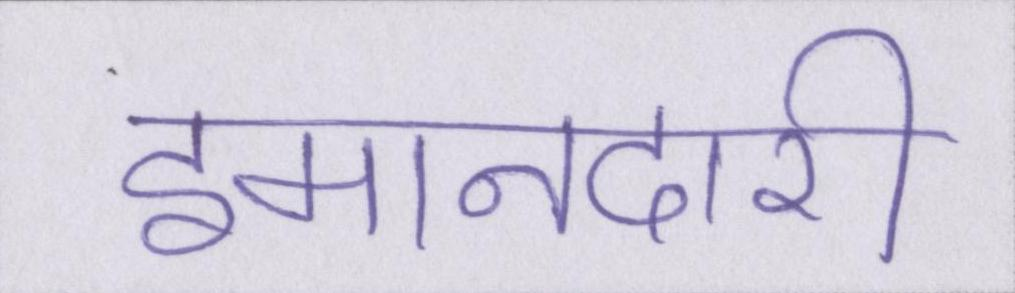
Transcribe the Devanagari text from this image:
इमानदारी